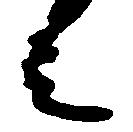
言